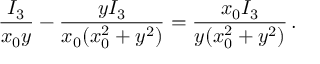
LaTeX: \frac { I _ { 3 } } { x _ { 0 } y } - \frac { y I _ { 3 } } { x _ { 0 } ( x _ { 0 } ^ { 2 } + y ^ { 2 } ) } = \frac { x _ { 0 } I _ { 3 } } { y ( x _ { 0 } ^ { 2 } + y ^ { 2 } ) } \, .